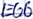
Text: E0.0